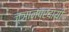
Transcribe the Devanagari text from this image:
ज्ञानप्रदायी